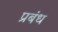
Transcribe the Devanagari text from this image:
प्रबंध